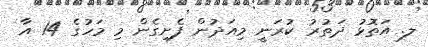
ލ. އަތޮޅު ދަތުރު ކުރަނީ މިއަދުން ފެށިގެން މި މަހުގެ 14 އާ